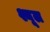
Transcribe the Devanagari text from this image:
श्यूल